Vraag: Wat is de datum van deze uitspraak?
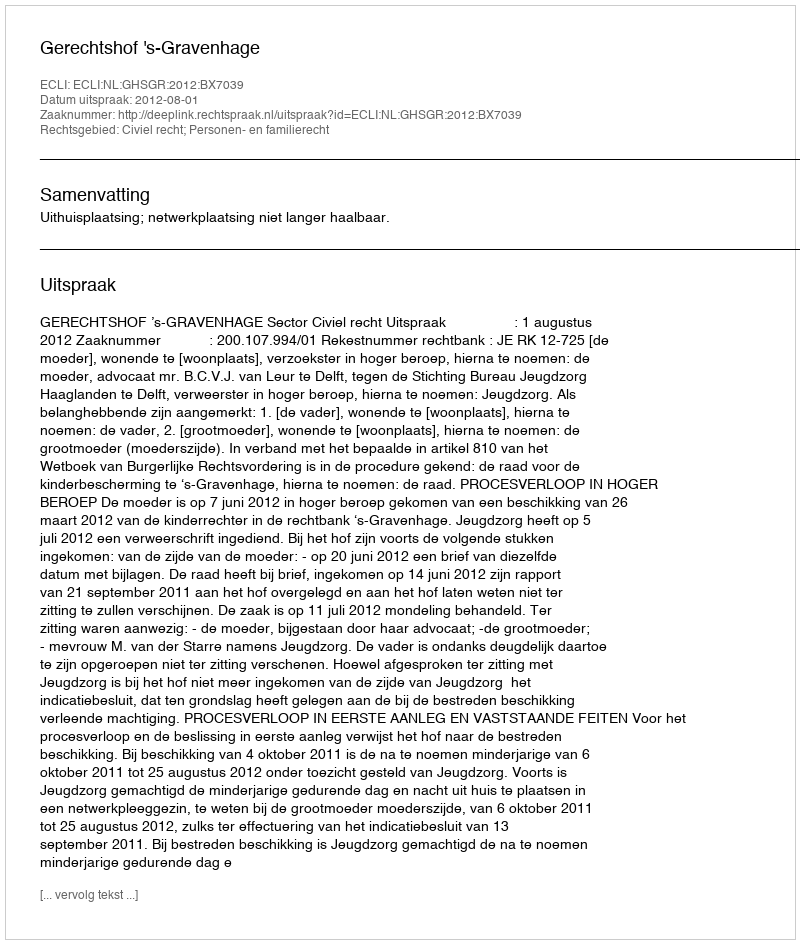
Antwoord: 2012-08-01